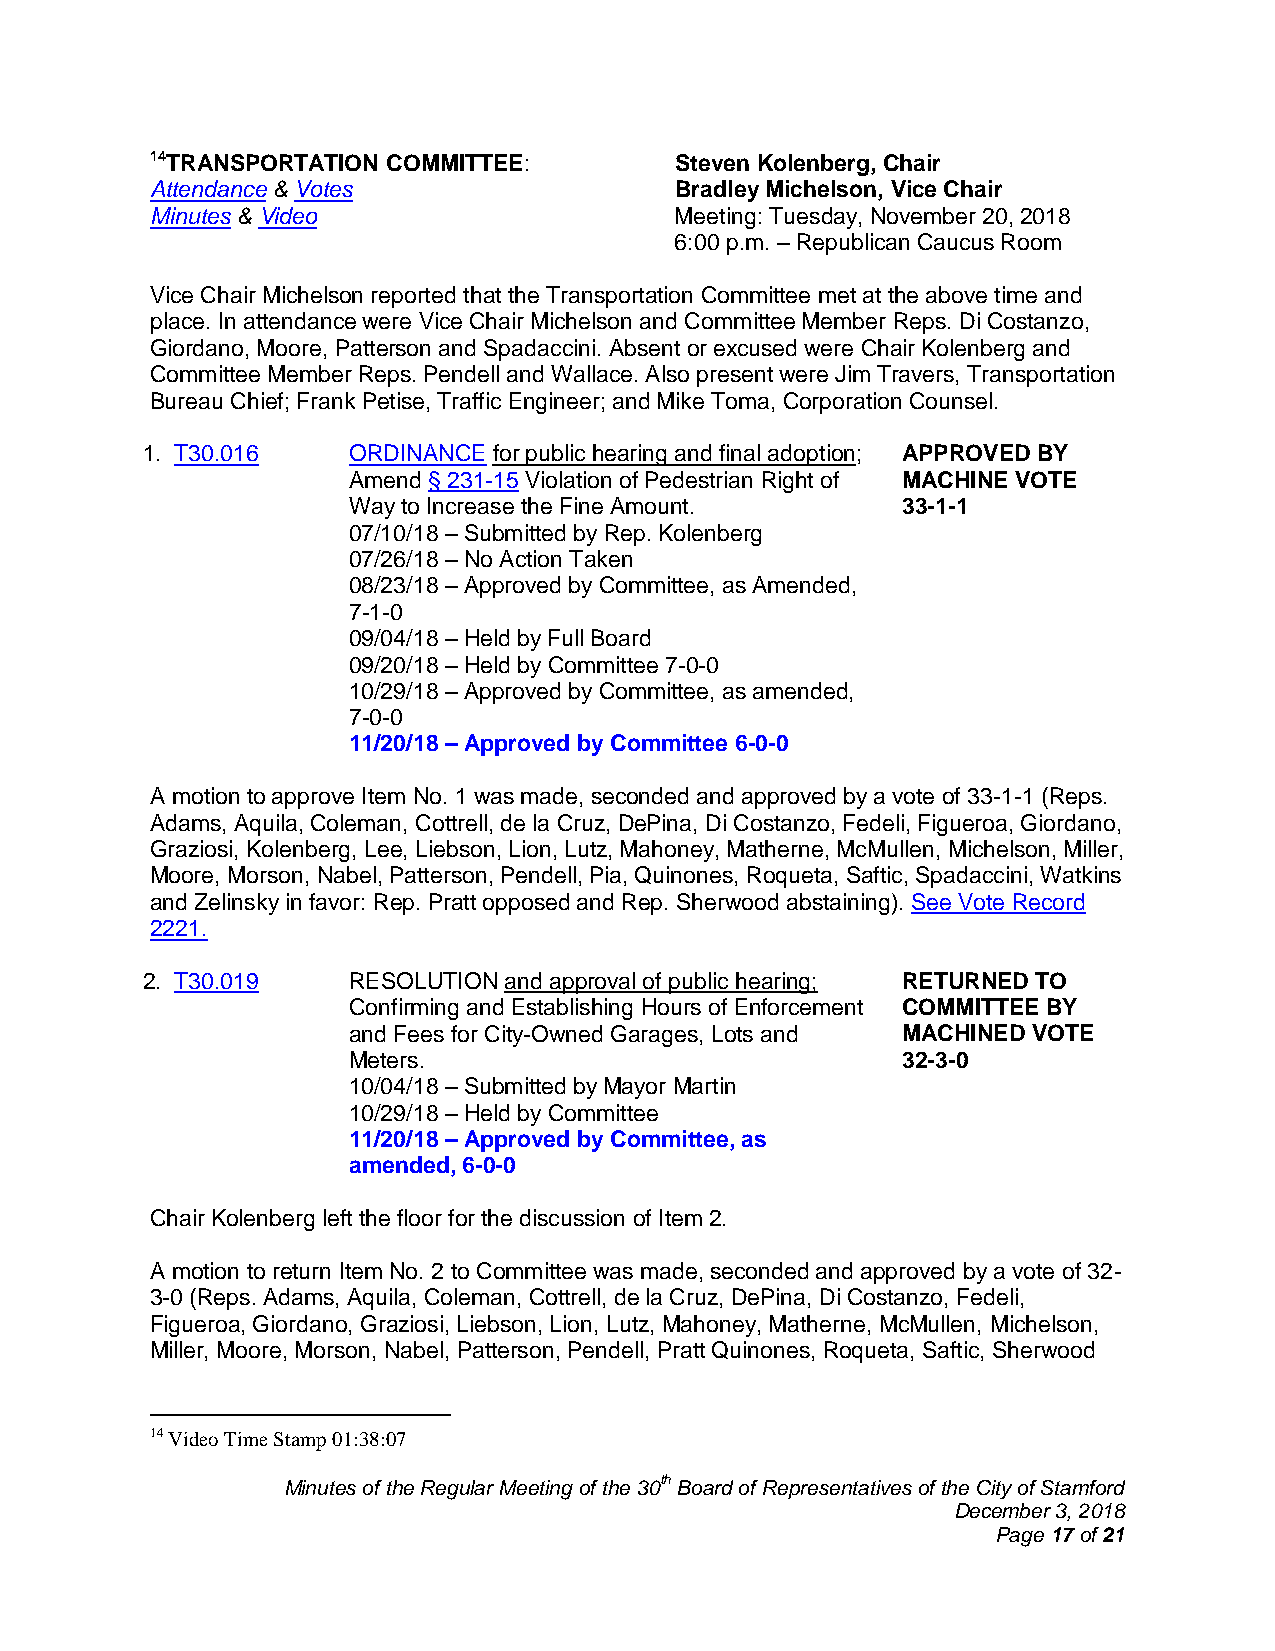
14TRANSPORTATION COMMITTEE:        Steven Kolenberg, Chair
 Attendance & Votes                 Bradley Michelson, Vice Chair
 Minutes & Video                    Meeting: Tuesday, November 20, 2018
 6:00 p.m. – Republican Caucus Room
 Vice Chair Michelson reported that the Transportation Committee met at the above time and
 place. In attendance were Vice Chair Michelson and Committee Member Reps. Di Costanzo,
 Giordano, Moore, Patterson and Spadaccini. Absent or excused were Chair Kolenberg and
 Committee Member Reps. Pendell and Wallace. Also present were Jim Travers, Transportation
 Bureau Chief; Frank Petise, Traffic Engineer; and Mike Toma, Corporation Counsel.
 1. T30.016    ORDINANCE for public hearing and final adoption; APPROVED BY
 Amend § 231-15 Violation of Pedestrian Right of MACHINE VOTE
 Way to Increase the Fine Amount.     33-1-1
 07/10/18 – Submitted by Rep. Kolenberg
 07/26/18 – No Action Taken
 08/23/18 – Approved by Committee, as Amended,
 7-1-0
 09/04/18 – Held by Full Board
 09/20/18 – Held by Committee 7-0-0
 10/29/18 – Approved by Committee, as amended,
 7-0-0
 11/20/18 – Approved by Committee 6-0-0
 A motion to approve Item No. 1 was made, seconded and approved by a vote of 33-1-1 (Reps.
 Adams, Aquila, Coleman, Cottrell, de la Cruz, DePina, Di Costanzo, Fedeli, Figueroa, Giordano,
 Graziosi, Kolenberg, Lee, Liebson, Lion, Lutz, Mahoney, Matherne, McMullen, Michelson, Miller,
 Moore, Morson, Nabel, Patterson, Pendell, Pia, Quinones, Roqueta, Saftic, Spadaccini, Watkins
 and Zelinsky in favor: Rep. Pratt opposed and Rep. Sherwood abstaining). See Vote Record
 2221.
 2. T30.019    RESOLUTION and approval of public hearing; RETURNED TO
 Confirming and Establishing Hours of Enforcement COMMITTEE BY
 and Fees for City-Owned Garages, Lots and MACHINED VOTE
 Meters.                              32-3-0
 10/04/18 – Submitted by Mayor Martin
 10/29/18 – Held by Committee
 11/20/18 – Approved by Committee, as
 amended, 6-0-0
 Chair Kolenberg left the floor for the discussion of Item 2.
 A motion to return Item No. 2 to Committee was made, seconded and approved by a vote of 32-
 3-0 (Reps. Adams, Aquila, Coleman, Cottrell, de la Cruz, DePina, Di Costanzo, Fedeli,
 Figueroa, Giordano, Graziosi, Liebson, Lion, Lutz, Mahoney, Matherne, McMullen, Michelson,
 Miller, Moore, Morson, Nabel, Patterson, Pendell, Pratt Quinones, Roqueta, Saftic, Sherwood
 14 Video Time Stamp 01:38:07
 Minutes of the Regular Meeting of the 30th Board of Representatives of the City of Stamford
 December 3, 2018
 Page 17 of 21